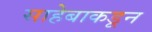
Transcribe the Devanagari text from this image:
साहेबाकडून